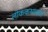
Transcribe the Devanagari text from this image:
लोककथाकार